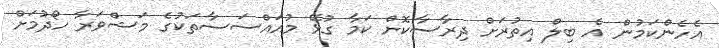
އެހެންކަމުން އެ ބިލް އިތުރަށް ދިރާސާކޮށް ކަމާ ގުޅޭ މުއައްސަސާތަކުގެ މަޝްވަރާ ހޯދުމަށް